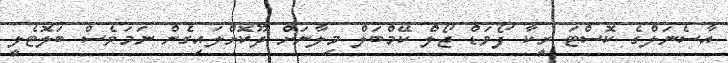
އާސެނަލްގެ ކޮސްޓަ ރީކާ ފޯވަޑް ޖޯލް ކޭމްބަލް މިލާނަށް ދޫކޮށްލައިގެން ނަމަވެސް ބަލޮޓެލީ